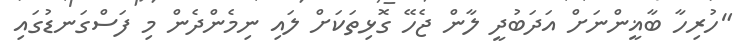
"ހުރިހާ ބާޣީންނަށް އަދަބުދީ ލާން ޖެހޭ ގޮޅިތަކަށް ލައި ނިމެންދެން މި ފަސްގަނޑުގައި